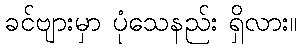
ခင်ဗျားမှာ ပုံသေနည်း ရှိလား။